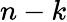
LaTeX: n-k